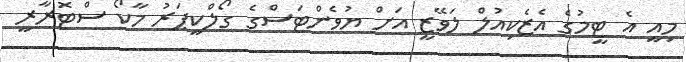
މިއީ އެ ޓީމުގެ އެޒެކިއުލް ލަވޭޒީ އަށް ޔުވެންޓަސްގެ ގޯލްކީޕަރު މާކޯ ސްޓޮރާރީ